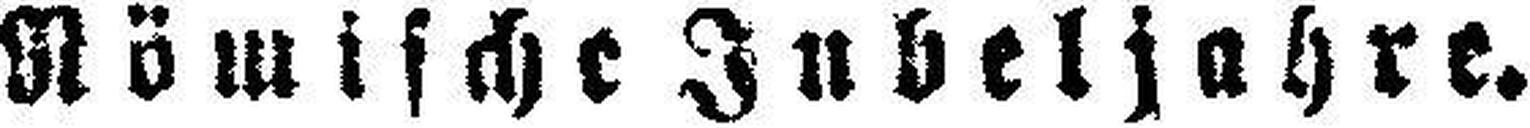
Römische Inbeljahre.